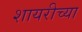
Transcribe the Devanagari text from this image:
शायरीच्या